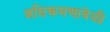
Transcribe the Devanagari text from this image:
अधिक्रमणावेळी